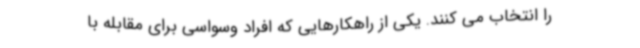
را انتخاب می کنند. یکی از راهکارهایی که افراد وسواسی برای مقابله با